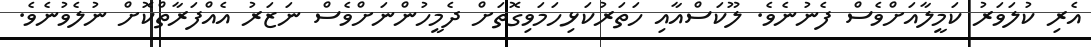
އެރި ކުލަވަރު ކަމީލާއަށްވެސް ފެނުނެވެ. ލޫކަސްއާއި ހަތަރުކަޅިހަމަވިގޮތަށް ދެމީހުންނަށްވެސް ނަޒަރު އެއްފަރާތްކޮށް ނުލެވުނެވެ.